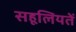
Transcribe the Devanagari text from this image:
सहूलियतें